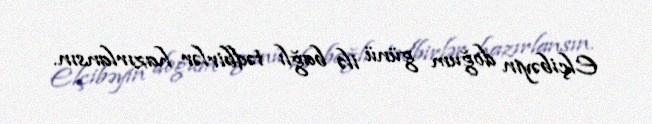
Elçibəyin doğum günü ilə bağlı tədbirlər hazırlansın.